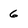
Character: 6